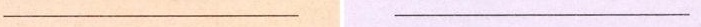
___